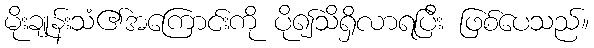
မိုးချုန်းသံ၏အကြောင်းကို ပို၍သိရှိလာရပြီး ဖြစ်ပေသည်။